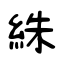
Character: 絑